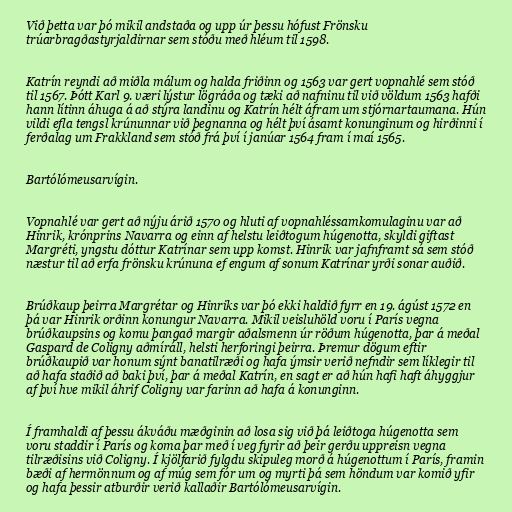
Við þetta var þó mikil andstaða og upp úr þessu hófust Frönsku
trúarbragðastyrjaldirnar sem stóðu með hléum til 1598.

Katrín reyndi að miðla málum og halda friðinn og 1563 var gert vopnahlé sem stóð
til 1567. Þótt Karl 9. væri lýstur lögráða og tæki að nafninu til við völdum 1563 hafði
hann lítinn áhuga á að stýra landinu og Katrín hélt áfram um stjórnartaumana. Hún
vildi efla tengsl krúnunnar við þegnanna og hélt því ásamt konunginum og hirðinni í
ferðalag um Frakkland sem stóð frá því í janúar 1564 fram í maí 1565.

Bartólómeusarvígin.

Vopnahlé var gert að nýju árið 1570 og hluti af vopnahléssamkomulaginu var að
Hinrik, krónprins Navarra og einn af helstu leiðtogum húgenotta, skyldi giftast
Margréti, yngstu dóttur Katrínar sem upp komst. Hinrik var jafnframt sá sem stóð
næstur til að erfa frönsku krúnuna ef engum af sonum Katrínar yrði sonar auðið.

Brúðkaup þeirra Margrétar og Hinriks var þó ekki haldið fyrr en 19. ágúst 1572 en
þá var Hinrik orðinn konungur Navarra. Mikil veisluhöld voru í París vegna
brúðkaupsins og komu þangað margir aðalsmenn úr röðum húgenotta, þar á meðal
Gaspard de Coligny aðmíráll, helsti herforingi þeirra. Þremur dögum eftir
brúðkaupið var honum sýnt banatilræði og hafa ýmsir verið nefndir sem líklegir til
að hafa staðið að baki því, þar á meðal Katrín, en sagt er að hún hafi haft áhyggjur
af því hve mikil áhrif Coligny var farinn að hafa á konunginn.

Í framhaldi af þessu ákváðu mæðginin að losa sig við þá leiðtoga húgenotta sem
voru staddir í París og koma þar með í veg fyrir að þeir gerðu uppreisn vegna
tilræðisins við Coligny. Í kjölfarið fylgdu skipuleg morð á húgenottum í París, framin
bæði af hermönnum og af múg sem fór um og myrti þá sem höndum var komið yfir
og hafa þessir atburðir verið kallaðir Bartólómeusarvígin.